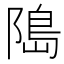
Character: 﨩